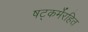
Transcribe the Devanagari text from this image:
षट्‍कर्मेरहित